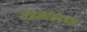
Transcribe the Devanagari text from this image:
मंडळांसंदर्भात